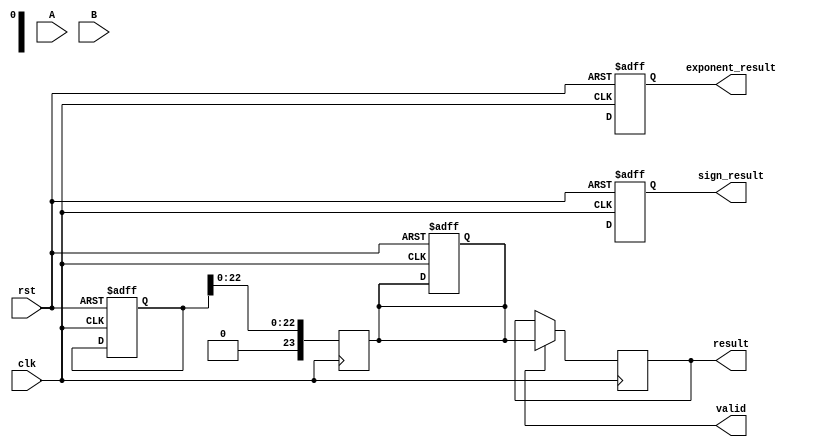
module radix4_fp_multiplier #(
    parameter E = 8,  // Exponent bits
    parameter M = 23, // Mantissa bits
    parameter B = 127 // Bias for single-precision
)(
    input wire clk,
    input wire rst,
    input wire [M:0] A, // Including implicit leading 1 in the mantissa
    input wire [M:0] B, // Including implicit leading 1 in the mantissa
    output reg [M:0] result,  // Result mantissa including implicit leading 1
    output reg [E:0] exponent_result,
    output reg sign_result,
    output reg valid
);

    // Intermediate signals
    wire [E-1:0] exponent_A, exponent_B;
    wire [M-1:0] mantissa_A, mantissa_B;

    // Extracting sign, exponent and mantissa
    assign sign_A = A[M + E];
    assign exponent_A = A[M + E - 1:M]; // E bits
    assign mantissa_A = A[M - 1:0]; // M bits

    assign sign_B = B[M + E];
    assign exponent_B = B[M + E - 1:M]; // E bits
    assign mantissa_B = B[M - 1:0]; // M bits

    // Sign calculation
    always @(posedge clk or posedge rst) begin
        if (rst) begin
            sign_result <= 0;
        end else begin
            sign_result <= sign_A ^ sign_B;
        end
    end

    // Exponent calculation
    always @(posedge clk or posedge rst) begin
        if (rst) begin
            exponent_result <= 0;
        end else begin
            exponent_result <= (exponent_A + exponent_B) - B; // Adjust for bias
        end
    end

    // Mantissa calculation using Radix-4
    reg [2*M-1:0] product; // Storage for the multiplied result
    reg [M:0] mantissa_result; // Resulting mantissa with implicit leading 1
    reg [2*M-2:0] partial_products[3:0]; // Storage for partial products

    always @(posedge clk or posedge rst) begin
        if (rst) begin
            product <= 0;
            mantissa_result <= 0;
        end else begin
            // Process each pair using Radix-4
            // Placeholder for partial product calculation
            // Each pair of bits generates partial products
            // For example, if two bits from B are processed, generate up to 4 partial products
            // This part should implement the Radix-4 Booth's algorithm
            
            // Example (simplified):
            // partial_products[0] = mantissa_A * (some value based on bits of B)
            // partial_products[1] = mantissa_A * (some other value based on bits of B)
            // ...
            // product = partial_products[0] + partial_products[1] + ...; // Reduce partial products
        end
    end

    // Addition of partial products can be replaced with a CSA tree or similar
    // This is simplified to just adding them directly for illustration
    always @(posedge clk) begin
        mantissa_result <= product[M-1:0]; // Adjust accordingly
        // Handle normalization and rounding
    end

    // Output generation
    always @(posedge clk) begin
        if (valid) begin
            result <= mantissa_result;
            // Output other parts like exponent_result and sign_result
        end
    end

endmodule